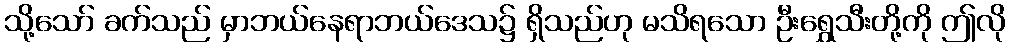
သို့သော် ခက်သည် မှာဘယ်နေရာဘယ်ဒေသ၌ ရှိသည်ဟု မသိရသော ဦးရွှေသီးတို့ကို ဤလို